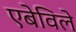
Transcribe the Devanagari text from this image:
एबेविले